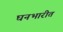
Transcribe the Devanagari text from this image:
घनभारीत